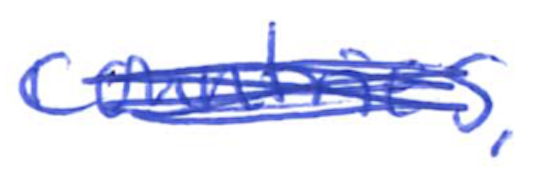
Text: countries.
Cross-out: scratch
Writing tool: ballpoint